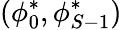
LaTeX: (\phi_{0}^{*},\phi_{S-1}^{*})